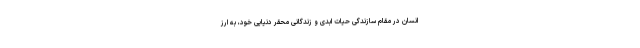
انسان در مقام سازندگی حیات ابدی و زندگانی محقر دنیایی خود، به ارز